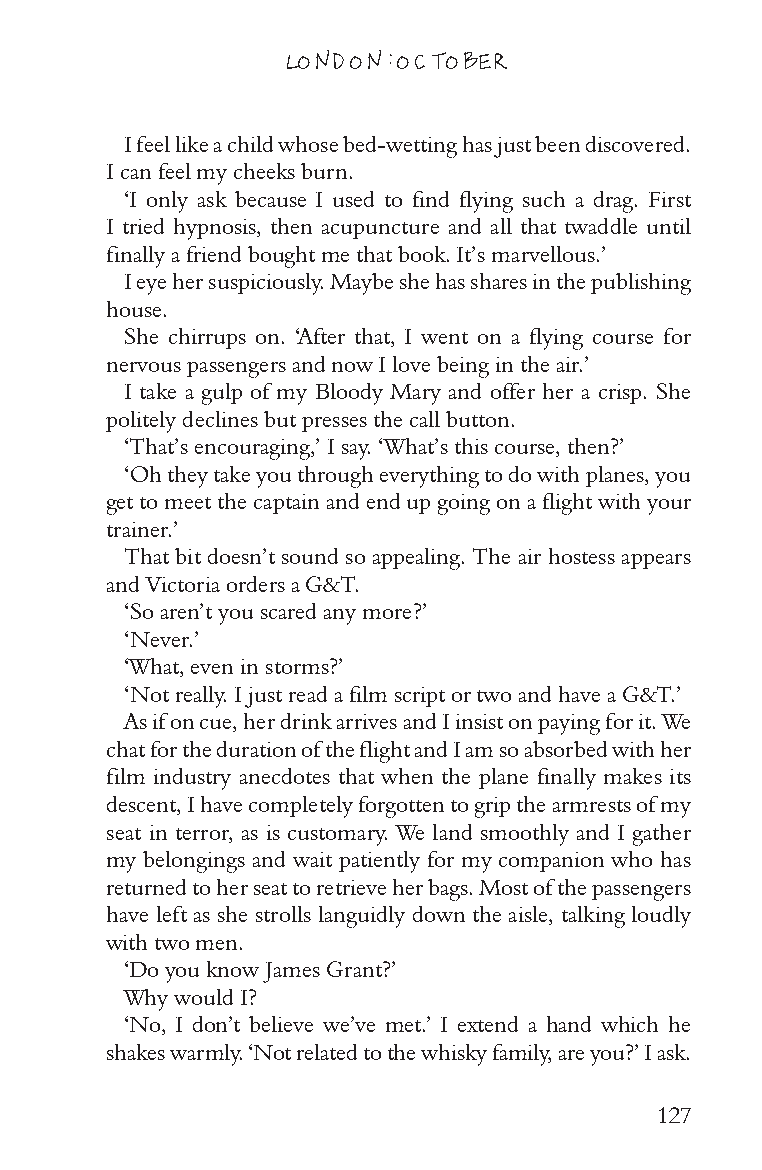
LONDON: OCTOBER
 I feel like a child whose bed-wetting has just been discovered.
 I can feel my cheeks burn.
 ‘I only ask because I used to find flying such a drag. First
 I tried hypnosis, then acupuncture and all that twaddle until
 finally a friend bought me that book. It’s marvellous.’
 I eye her suspiciously. Maybe she has shares in the publishing
 house.
 She chirrups on. ‘After that, I went on a flying course for
 nervous passengers and now I love being in the air.’
 I take a gulp of my Bloody Mary and offer her a crisp. She
 politely declines but presses the call button.
 ‘That’s encouraging,’ I say. ‘What’s this course, then?’
 ‘Oh they take you through everything to do with planes, you
 get to meet the captain and end up going on a flight with your
 trainer.’
 That bit doesn’t sound so appealing. The air hostess appears
 and Victoria orders a G&T.
 ‘So aren’t you scared any more?’
 ‘Never.’
 ‘What, even in storms?’
 ‘Not really. I just read a film script or two and have a G&T.’
 As if on cue, her drink arrives and I insist on paying for it. We
 chat for the duration of the flight and I am so absorbed with her
 film industry anecdotes that when the plane finally makes its
 descent, I have completely forgotten to grip the armrests of my
 seat in terror, as is customary. We land smoothly and I gather
 my belongings and wait patiently for my companion who has
 returned to her seat to retrieve her bags. Most of the passengers
 have left as she strolls languidly down the aisle, talking loudly
 with two men.
 ‘Do you know James Grant?’
 Why would I?
 ‘No, I don’t believe we’ve met.’ I extend a hand which he
 shakes warmly. ‘Not related to the whisky family, are you?’ I ask.
 127